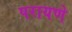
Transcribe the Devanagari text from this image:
परायणे